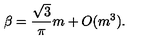
\beta = \frac { \sqrt { 3 } } { \pi } m + O ( m ^ { 3 } ) .